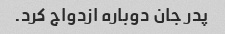
پدر جان دوباره ازدواج کرد.